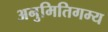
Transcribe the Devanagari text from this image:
अनुमितिगम्य